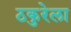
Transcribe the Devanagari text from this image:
ठकुरेला